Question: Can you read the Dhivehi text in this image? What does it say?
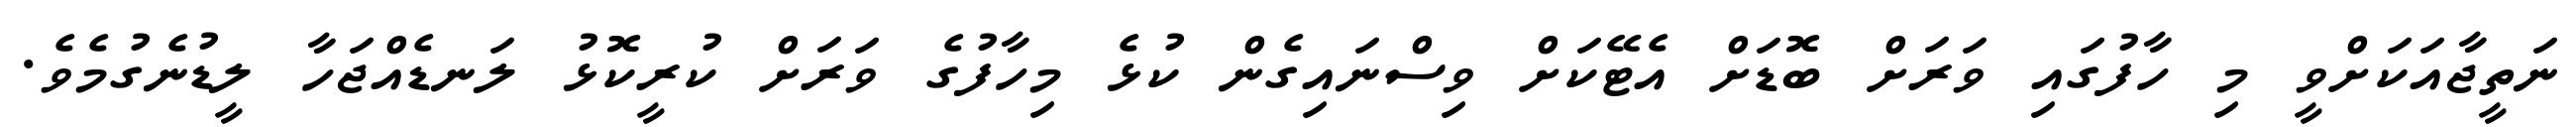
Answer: ނަތީޖާއަކަށްވީ މި ހާފުގައި ވަރަށް ބޮޑަށް އެޓޭކަށް ވިސްނައިގެން ކުޅެ މިހާފުގެ ވަރަށް ކުރީކޮޅު ލަނޑެއްޖަހާ ލީޑުނެގުމެވެ.